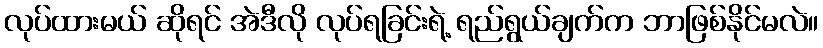
လုပ်ထားမယ် ဆိုရင် အဲဒီလို လုပ်ရခြင်းရဲ့ ရည်ရွယ်ချက်က ဘာဖြစ်နိုင်မလဲ။